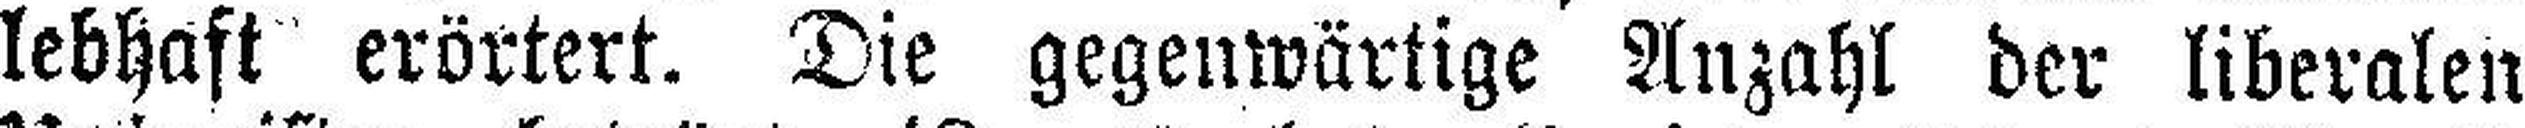
lebhaft erörtert. Die gegenwärtige Anzahl der liberalen